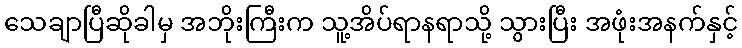
သေချာပြီဆိုခါမှ အဘိုးကြီးက သူ့အိပ်ရာနရာသို့ သွားပြီး အဖုံးအနက်နှင့်